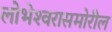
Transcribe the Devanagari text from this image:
लोभेश्‍वरासमोरील